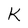
Character: K